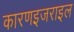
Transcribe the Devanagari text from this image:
कारणइजराइल